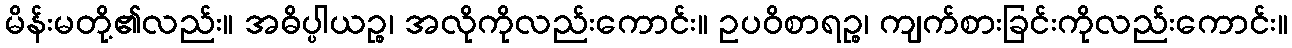
မိန်းမတို့၏လည်း။ အဓိပ္ပါယဉ္စ၊ အလိုကိုလည်းကောင်း။ ဥပဝိစာရဉ္စ၊ ကျက်စားခြင်းကိုလည်းကောင်း။